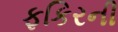
ફકિરની